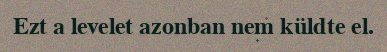
Ezt a levelet azonban nem küldte el.